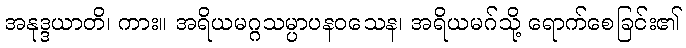
အနုဒ္ဒယာတိ၊ ကား။ အရိယမဂ္ဂသမ္ပာပနဝသေန၊ အရိယမဂ်သို့ ရောက်စေခြင်း၏